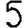
Digit: 5